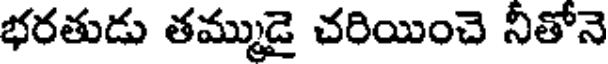
భరతుడు తమ్ముడై చరియించె నీతోనె